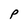
Character: P